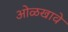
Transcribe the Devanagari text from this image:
ओळखावे